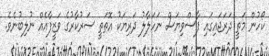
ކޯހުން މަތީ ދަރަޖައިގައި ފާސްވިޔަސް ނަހަލާލު ދަރިޔަކު އޮތަތީ ސަރުކާރުގެ ވަޒީފާއެއް ނުލިބުނެވެ.